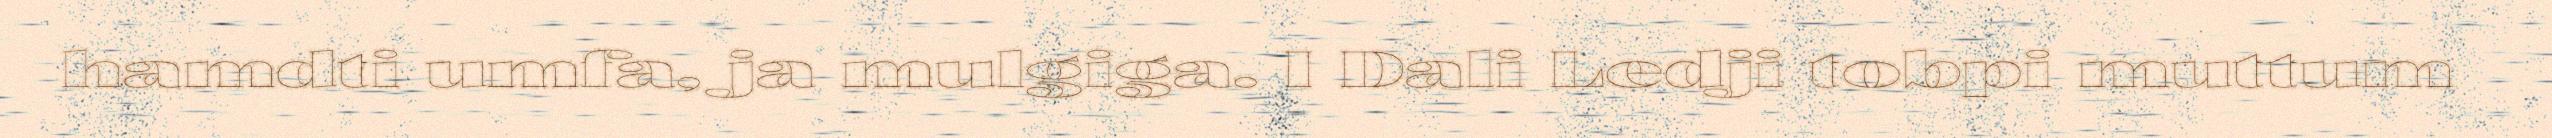
hamdti umfa, ja mulgiga. I Dali Ledji tobpi muttum